Annual report of the Civil Veterinary Department, Bengal, and of the Bengal Veterinary College, for the year 1902-1903 - 1902-1903
Year: 1902
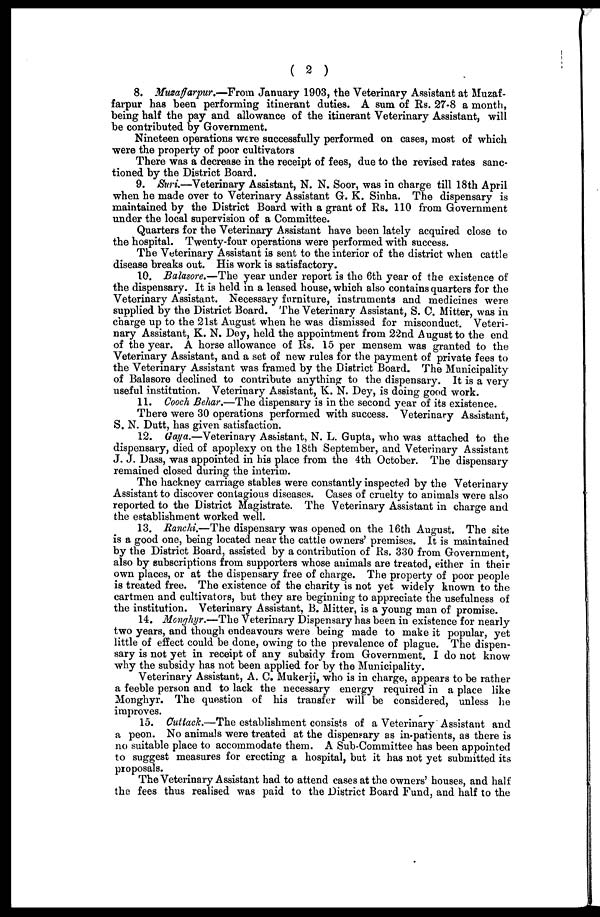
( 2 )
8. Muzaffarpur.—From January 1903, the Veterinary Assistant at Muzaf-
farpur has been performing itinerant duties. A sum of Rs. 27.8 a month,
being half the pay and allowance of the itinerant Veterinary Assistant, will
be contributed by Government.
Nineteen operations were successfully performed on cases, most of which
were the property of poor cultivators
There was a decrease in the receipt of fees, due to the revised rates sanc-
tioned by the District Board.
9. Suri.—Veterinary Assistant, N. N. Soor, was in charge till 18th April
when he made over to Veterinary Assistant G. K. Sinha. The dispensary is
maintained by the District Board with a grant of Rs. 110 from Government
under the local supervision of a Committee.
Quarters for the Veterinary Assistant have been lately acquired close to
the hospital. Twenty-four operations were performed with success.
The Veterinary Assistant is sent to the interior of the district when cattle
disease breaks out. His work is satisfactory.
10. Balasore.—The year under report is the 6th year of the existence of
the dispensary. It is held in a leased house, which also contains quarters for the
Veterinary Assistant. Necessary furniture, instruments and medicines were
supplied by the District Board. The Veterinary Assistant, S. C. Mitter, was in
charge up to the 21st August when he was dismissed for misconduct. Veteri-
nary Assistant, K. N. Dey, held the appointment from 22nd August to the end
of the year. A horse allowance of Rs. 15 per mensem was granted to the
Veterinary Assistant, and a set of new rules for the payment of private fees to
the Veterinary Assistant was framed by the District Board. The Municipality
of Balasore declined to contribute anything to the dispensary. It is a very
useful institution. Veterinary Assistant, K. N. Dey, is doing good work.
11. Cooch Behar.—The dispensary is in the second year of its existence.
There were 30 operations performed with success. Veterinary Assistant,
S. N. Dutt, has given satisfaction.
12. Gaya.—Veterinary Assistant, N. L. Gupta, who was attached to the
dispensary, died of apoplexy on the 18th September, and Veterinary Assistant
J. J. Dass, was appointed in his place from the 4th October. The dispensary
remained closed during the interim.
The hackney carriage stables were constantly inspected by the Veterinary
Assistant to discover contagious diseases. Cases of cruelty to animals were also
reported to the District Magistrate. The Veterinary Assistant in charge and
the establishment worked well.
13. Ranchi.—The dispensary was opened on the 16th August. The site
is a good one, being located near the cattle owners' premises. It is maintained
by the District Board, assisted by a contribution of Rs. 330 from Government,
also by subscriptions from supporters whose animals are treated, either in their
own places, or at the dispensary free of charge. The property of poor people
is treated free. The existence of the charity is not yet widely known to the
cartmen and cultivators, but they are beginning to appreciate the usefulness of
the institution. Veterinary Assistant, B. Mitter, is a young man of promise.
14. Monghyr.—The Veterinary Dispensary has been in existence for nearly
two years, and though endeavours were being made to make it popular, yet
little of effect could be done, owing to the prevalence of plague. The dispen-
sary is not yet in receipt of any subsidy from Government. I do not know
why the subsidy has not been applied for by the Municipality.
Veterinary Assistant, A. C. Mukerji, who is in charge, appears to be rather
a feeble person and to lack the necessary energy required in a place like
Monghyr. The question of his transfer will be considered, unless he
improves.
15. Cuttack.—The establishment consists of a Veterinary Assistant and
a peon. No animals were treated at the dispensary as in-patients, as there is
no suitable place to accommodate them. A Sub-Committee has been appointed
to suggest measures for erecting a hospital, but it has not yet submitted its
proposals.
The Veterinary Assistant had to attend cases at the owners' houses, and half
the fees thus realised was paid to the District Board Fund, and half to the